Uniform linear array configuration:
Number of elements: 48
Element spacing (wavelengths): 0.25
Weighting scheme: hann
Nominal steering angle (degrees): -30
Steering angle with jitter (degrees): -29.255
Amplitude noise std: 0.05
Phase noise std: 0.05

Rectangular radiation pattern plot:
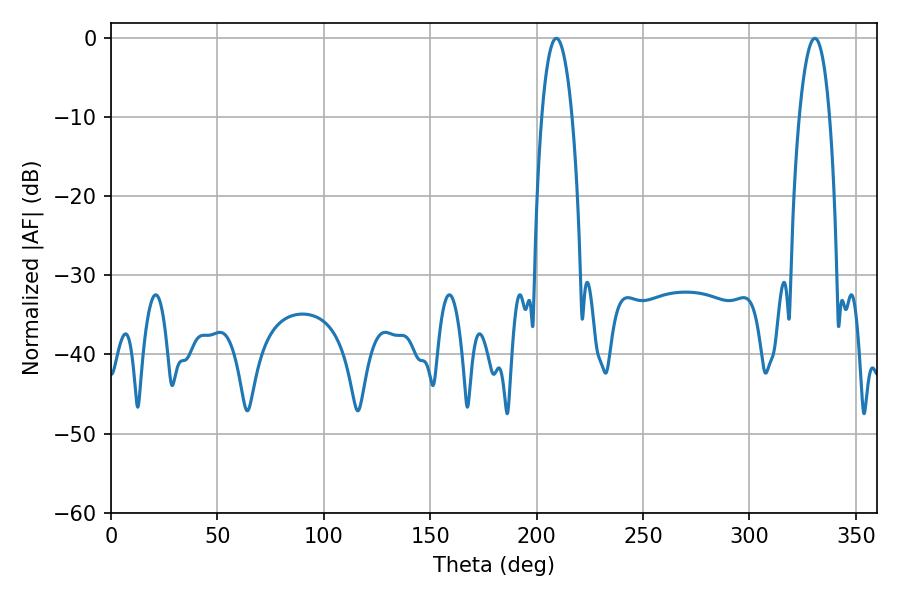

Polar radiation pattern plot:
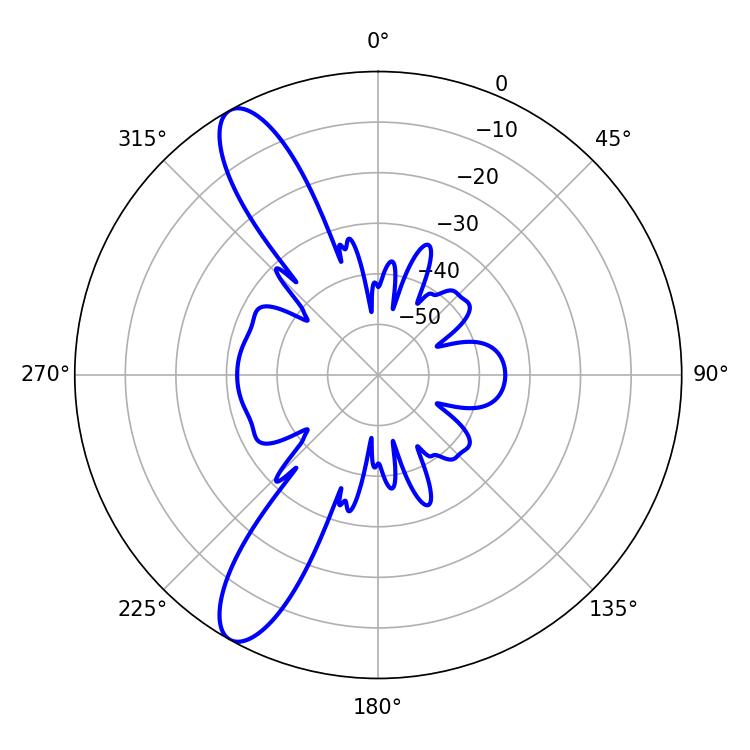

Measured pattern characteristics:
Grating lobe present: FALSE
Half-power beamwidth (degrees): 7.92
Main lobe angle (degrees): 209.34